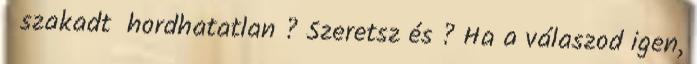
szakadt hordhatatlan ? Szeretsz és ? Ha a válaszod igen,